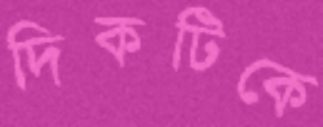
দিকটিকে